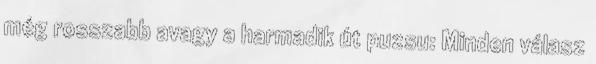
még rosszabb avagy a harmadik út puzsu: Minden válasz